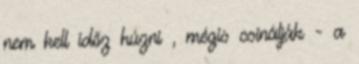
nem kell időz húzni , mégis csinálják - a